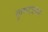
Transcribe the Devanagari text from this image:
कृष्णकथा